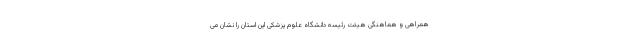
همراهی و هماهنگی هیئت رئیسه دانشگاه علوم پزشکی این استان را نشان می